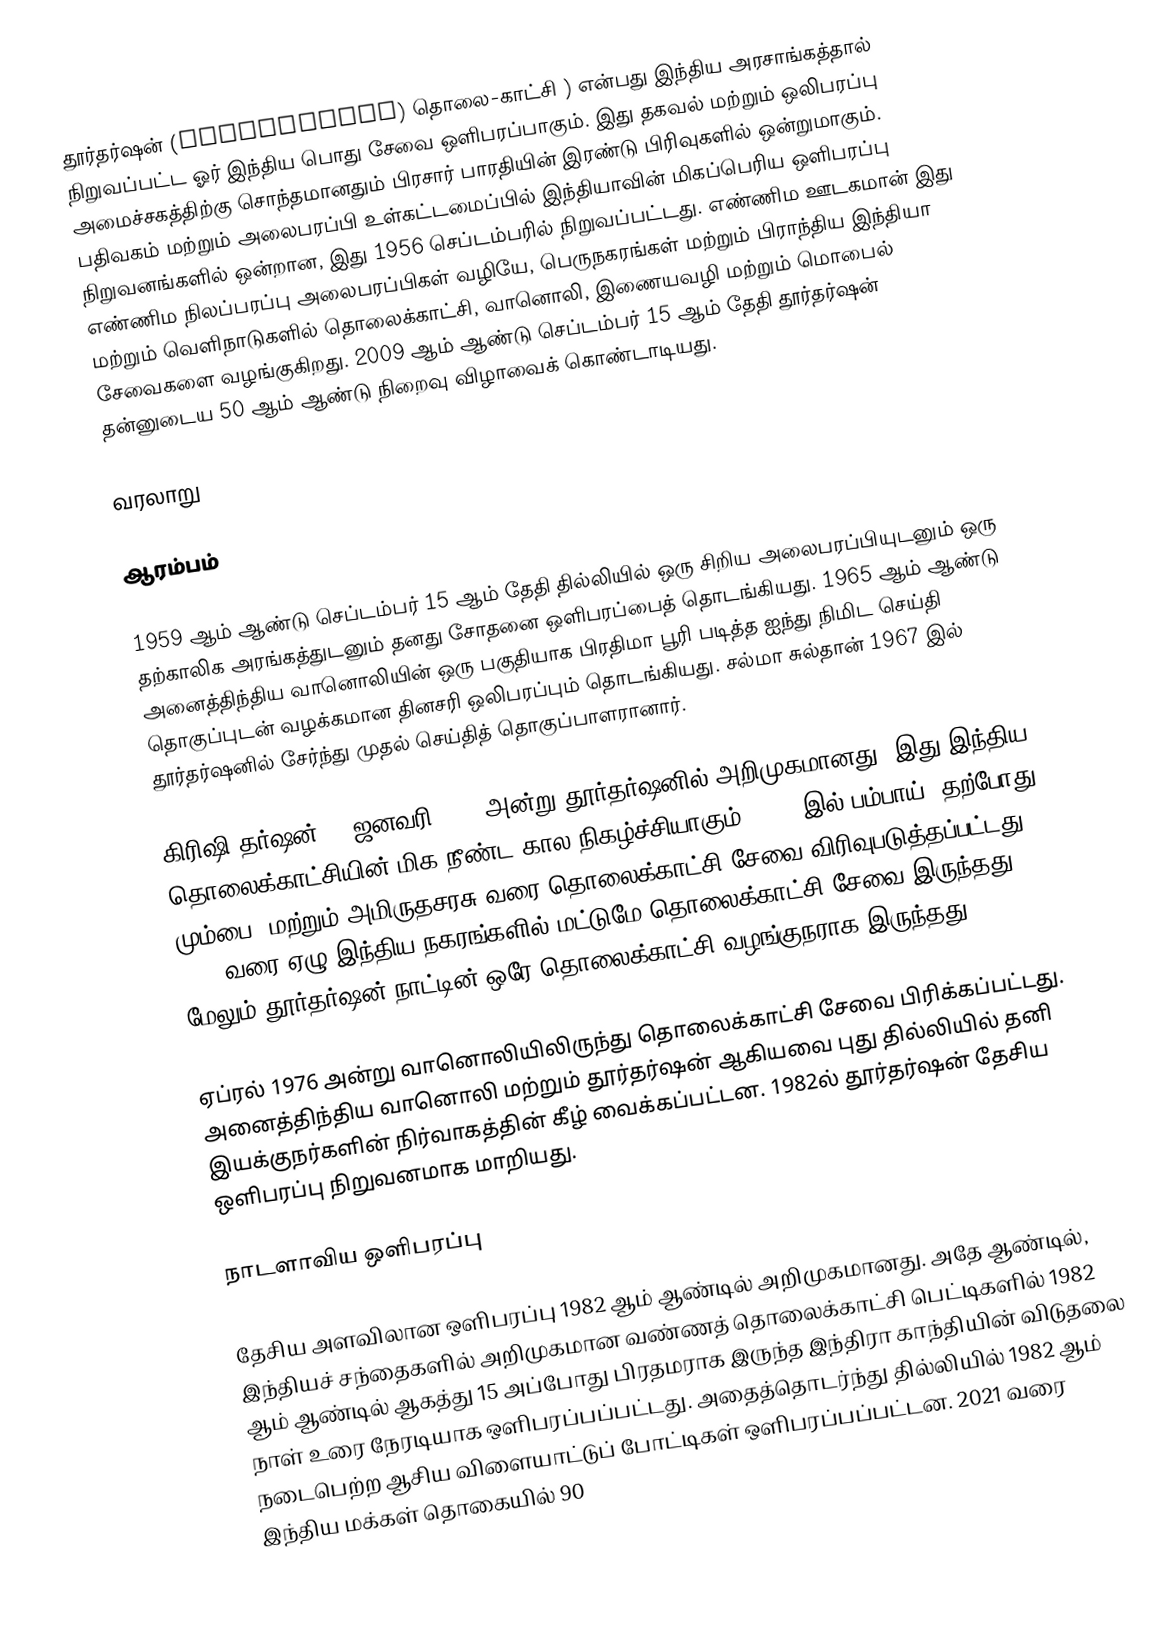
தூர்தர்ஷன் (Doordarshan) தொலை-காட்சி ) என்பது இந்திய அரசாங்கத்தால் நிறுவப்பட்ட ஓர் இந்திய பொது சேவை ஒளிபரப்பாகும். இது தகவல் மற்றும் ஒலிபரப்பு அமைச்சகத்திற்கு சொந்தமானதும் பிரசார் பாரதியின் இரண்டு பிரிவுகளில் ஒன்றுமாகும். பதிவகம் மற்றும் அலைபரப்பி உள்கட்டமைப்பில் இந்தியாவின் மிகப்பெரிய ஒளிபரப்பு நிறுவனங்களில் ஒன்றான, இது 1956 செப்டம்பரில் நிறுவப்பட்டது.  எண்ணிம ஊடகமான் இது எண்ணிம நிலப்பரப்பு அலைபரப்பிகள் வழியே, பெருநகரங்கள் மற்றும் பிராந்திய இந்தியா மற்றும் வெளிநாடுகளில் தொலைக்காட்சி, வானொலி, இணையவழி மற்றும் மொபைல் சேவைகளை வழங்குகிறது.  2009 ஆம் ஆண்டு செப்டம்பர் 15 ஆம் தேதி தூர்தர்ஷன் தன்னுடைய 50 ஆம் ஆண்டு நிறைவு விழாவைக் கொண்டாடியது.

வரலாறு

ஆரம்பம்

1959 ஆம் ஆண்டு செப்டம்பர் 15 ஆம் தேதி தில்லியில் ஒரு சிறிய அலைபரப்பியுடனும் ஒரு தற்காலிக அரங்கத்துடனும் தனது சோதனை ஒளிபரப்பைத் தொடங்கியது. 1965 ஆம் ஆண்டு அனைத்திந்திய வானொலியின் ஒரு பகுதியாக பிரதிமா பூரி படித்த ஐந்து நிமிட செய்தி தொகுப்புடன் வழக்கமான தினசரி ஒலிபரப்பும் தொடங்கியது. சல்மா சுல்தான் 1967 இல் தூர்தர்ஷனில் சேர்ந்து முதல் செய்தித் தொகுப்பாளரானார்.

கிரிஷி தர்ஷன் 26 ஜனவரி 1967 அன்று தூர்தர்ஷனில் அறிமுகமானது. இது இந்திய தொலைக்காட்சியின் மிக நீண்ட கால நிகழ்ச்சியாகும். 1972 இல் பம்பாய் (தற்போது மும்பை) மற்றும் அமிருதசரசு வரை தொலைக்காட்சி சேவை விரிவுபடுத்தப்பட்டது. 1975 வரை ஏழு இந்திய நகரங்களில் மட்டுமே தொலைக்காட்சி சேவை இருந்தது. மேலும் தூர்தர்ஷன் நாட்டின் ஒரே தொலைக்காட்சி வழங்குநராக இருந்தது.

ஏப்ரல் 1976 அன்று வானொலியிலிருந்து தொலைக்காட்சி சேவை பிரிக்கப்பட்டது.  அனைத்திந்திய வானொலி மற்றும் தூர்தர்ஷன் ஆகியவை புது தில்லியில் தனி இயக்குநர்களின் நிர்வாகத்தின் கீழ் வைக்கப்பட்டன. 1982ல் தூர்தர்ஷன் தேசிய ஒளிபரப்பு நிறுவனமாக மாறியது.

நாடளாவிய ஒளிபரப்பு

தேசிய அளவிலான ஒளிபரப்பு 1982 ஆம் ஆண்டில் அறிமுகமானது. அதே ஆண்டில், இந்தியச் சந்தைகளில் அறிமுகமான வண்ணத் தொலைக்காட்சி பெட்டிகளில் 1982 ஆம் ஆண்டில் ஆகத்து 15 அப்போது பிரதமராக இருந்த இந்திரா காந்தியின் விடுதலை நாள் உரை நேரடியாக ஒளிபரப்பப்பட்டது. அதைத்தொடர்ந்து தில்லியில் 1982 ஆம் நடைபெற்ற ஆசிய விளையாட்டுப் போட்டிகள் ஒளிபரப்பப்பட்டன.  2021 வரை இந்திய மக்கள் தொகையில் 90